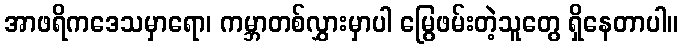
အာဖရိကဒေသမှာရော၊ ကမ္ဘာတစ်လွှားမှာပါ မြွေဖမ်းတဲ့သူတွေ ရှိနေတာပါ။